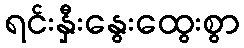
ရင်းနှီးနွေးထွေးစွာ